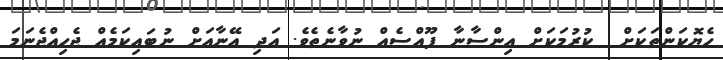
ހެޔޮކަންތަކަށް  ކުރުމަކަށް އިންސާނާ ފޫއްސެއް ނުވާނެތެވެ. އަދި އޭނާއަށް ނުބައިކަމެއް ޖެހިއްޖެނަމަ